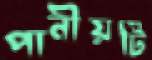
পানীয়টি